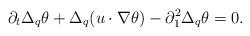
LaTeX: \begin{align*}\partial_t\Delta_q\theta+\Delta_q(u\cdot\nabla\theta)-\partial_1^2\Delta_q\theta=0.\end{align*}